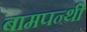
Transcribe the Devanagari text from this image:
बामपन्थी